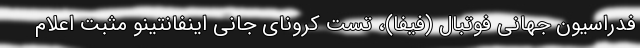
فدراسیون جهانی فوتبال (فیفا)، تست کرونای جانی اینفانتینو مثبت اعلام